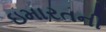
ઇમારતની